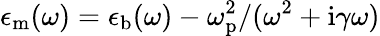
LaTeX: \epsilon_{\mathrm{m}}(\omega)=\epsilon_{\mathrm{b}}(\omega)-\omega_{\mathrm{p}}^{2}/(\omega^{2}+\mathrm{i}\gamma\omega)